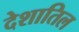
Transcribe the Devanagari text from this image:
देशातिल